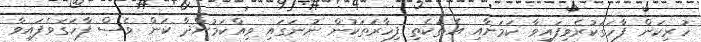
ހުރިކަން ފާހަގަކުރެވިފައިވާ ކަމަށާއި އެތަކެތި ފިހާރަތަކުން ނުނަގައި ވިއްކަމުންދާ ކަން ވެސް ފާހަގަވެފައިވާ